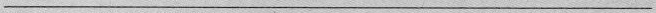
___